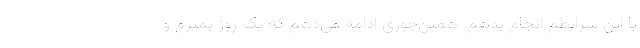
با این شرایطم انجام بدهم. همین‌جوری ادامه می‌دهم که یک روز بمیرم و